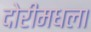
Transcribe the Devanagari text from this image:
दोरीमधला